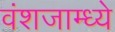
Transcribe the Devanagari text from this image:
वंशजाम्ध्ये